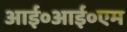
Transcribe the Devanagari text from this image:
आई०आई०एम